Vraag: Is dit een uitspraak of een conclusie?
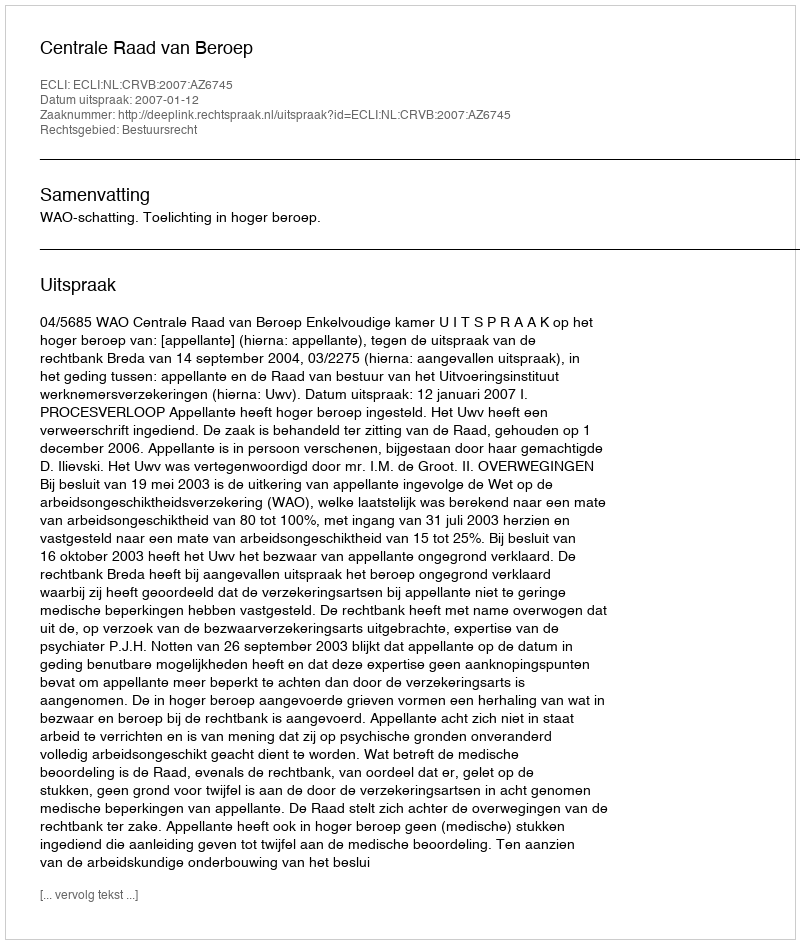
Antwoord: Uitspraak